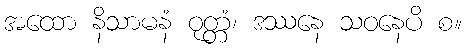
အထော နိသာမနံ ဝုတ္တံ၊ ဒဿနေ သဝနေပိ စ။